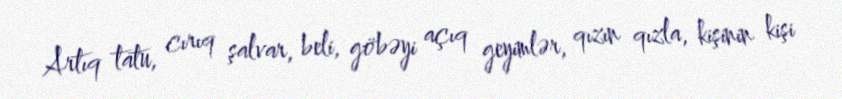
Artıq tatu, cırıq şalvar, beli, göbəyi açıq geyimlər, qızın qızla, kişinin kişi